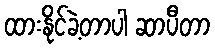
ထားနိုင်ခဲ့တာပါ ဆာပီတာ